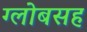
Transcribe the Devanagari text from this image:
ग्लोबसह